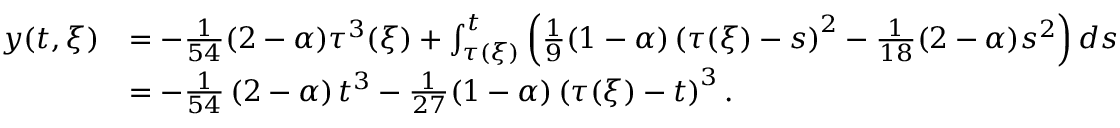
\begin{array} { r l } { y ( t , \xi ) } & { = - \frac { 1 } { 5 4 } ( 2 - \alpha ) \tau ^ { 3 } ( \xi ) + \int _ { \tau ( \xi ) } ^ { t } \left( \frac { 1 } { 9 } ( 1 - \alpha ) \left( \tau ( \xi ) - s \right) ^ { 2 } - \frac { 1 } { 1 8 } ( 2 - \alpha ) s ^ { 2 } \right) d s } \\ & { = - \frac { 1 } { 5 4 } \left( 2 - \alpha \right) t ^ { 3 } - \frac { 1 } { 2 7 } ( 1 - \alpha ) \left( \tau ( \xi ) - t \right) ^ { 3 } . } \end{array}